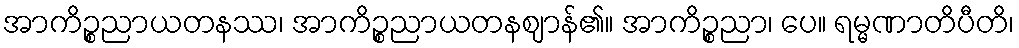
အာကိဉ္စညာယတနဿ၊ အာကိဉ္စညာယတနဈာန်၏။ အာကိဉ္စညာ၊ ပေ။ ရမ္မဏာတိပီတိ၊